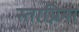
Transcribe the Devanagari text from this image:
स्ताग्निना